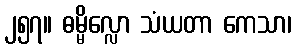
၂၅၇။ ဓမ္မိလ္လော သံယတာ ကေသာ၊